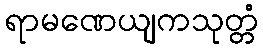
ရာမဏေယျကသုတ္တံ